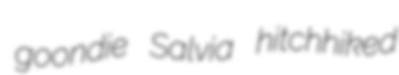
goondie Salvia hitchhiked